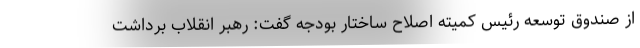
از صندوق توسعه رئیس کمیته اصلاح ساختار بودجه گفت: رهبر انقلاب برداشت